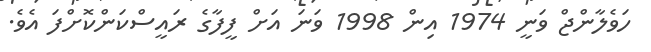
ހަވެލާންޖް ވަނީ 1974 އިން 1998 ވަނަ އަށް ފީފާގެ ރައީސްކަންކޮށްފަ އެވެ.